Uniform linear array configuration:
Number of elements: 12
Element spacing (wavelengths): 0.75
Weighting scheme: kaiser
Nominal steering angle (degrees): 45
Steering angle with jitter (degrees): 46.129
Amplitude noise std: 0.05
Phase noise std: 0.05

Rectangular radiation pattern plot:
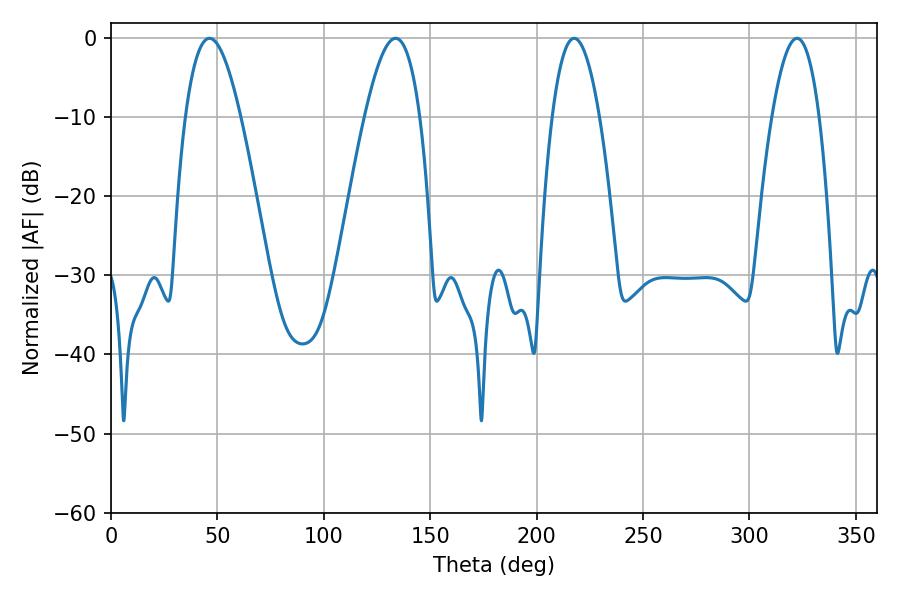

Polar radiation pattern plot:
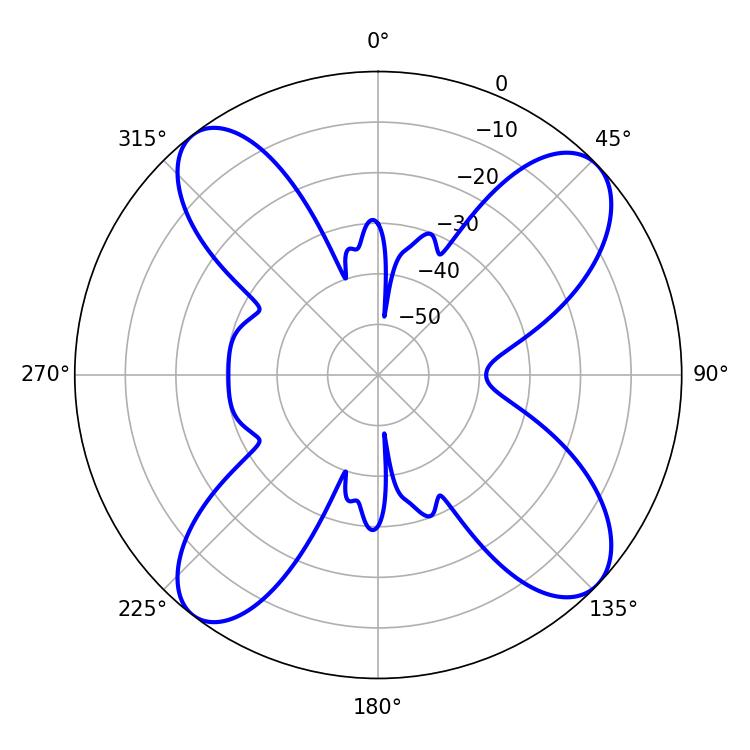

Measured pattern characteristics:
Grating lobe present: TRUE
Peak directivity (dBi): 12.682
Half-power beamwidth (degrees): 14.04
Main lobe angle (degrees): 46.26